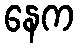
နေက